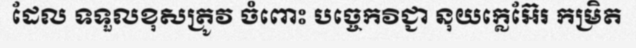
ដែល ទទួលខុសត្រូវ ចំពោះ បច្ចេកវិជ្ជា នុយក្លេអ៊ែរ កម្រិត